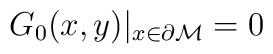
G_0(x,y)|_{x\in {\partial {\cal M}}}=0